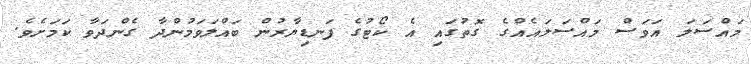
މައްސަލަ އަވަސް މައްސަލައެއްގެ ގޮތުގައި އެ ކޯޓުގެ ފަނޑިޔާރުން ބައްލަވަމުންދާ ގެންދަވާ ކަމަށެވެ.